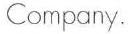
Company.